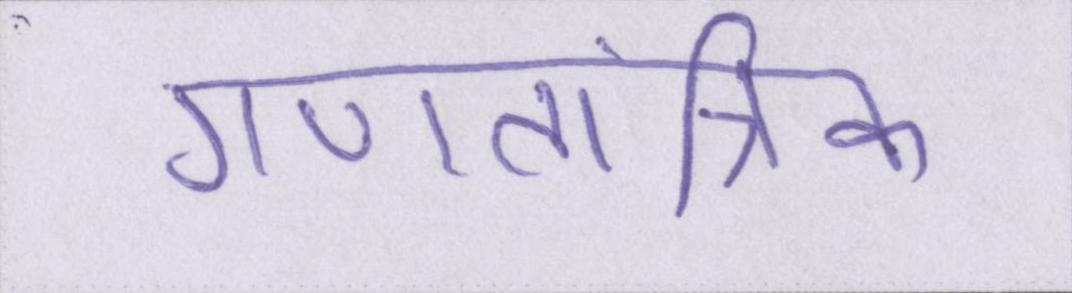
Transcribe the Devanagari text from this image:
गणतांत्रिक